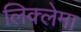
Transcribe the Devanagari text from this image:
लिक्लेमा